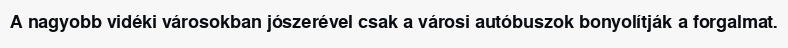
A nagyobb vidéki városokban jószerével csak a városi autóbuszok bonyolítják a forgalmat.